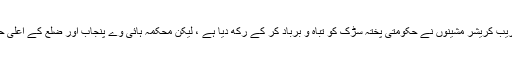
ڈھڈیال نیوز)تکیہ شاہ مراد کے قریب کریشر مشینوں نے حکومتی پختہ سڑک کو تباہ و برباد کر کے رکھ دیا ہے ، لیکن محکمہ ہائی وے پنجاب اور ضلع کے اعلیٰ حکام نے کوئی نوٹس نہیں لیا ہے ۔